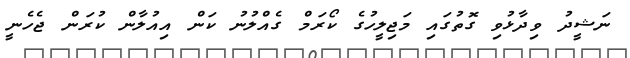
ނަޝީދު ވިދާޅުވި ގޮތުގައި މަޖިލީހުގެ ކޯރަމް ގެއްލުނު ކަން އިއުލާން ކުރަން ޖެހެނީ